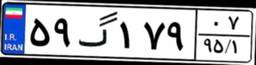
۵۹گ۱۷۹۰۷